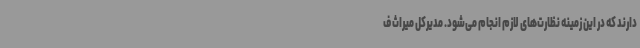
دارند که در این زمینه نظارت‌های لازم انجام می‌شود. مدیرکل میراث ف